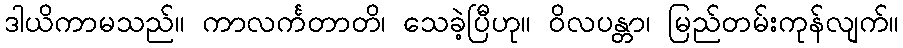
ဒါယိကာမသည်။ ကာလင်္ကတာတိ၊ သေခဲ့ပြီဟု။ ဝိလပန္တာ၊ မြည်တမ်းကုန်လျက်။